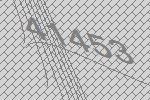
41453